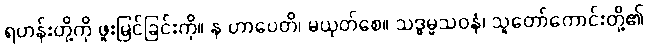
ရဟန်းတို့ကို ဖူးမြင်ခြင်းကို။ န ဟာပေတိ၊ မယုတ်စေ။ သဒ္ဓမ္မသဝနံ၊ သူတော်ကောင်းတို့၏